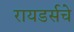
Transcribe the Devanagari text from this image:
रायडर्सचे